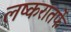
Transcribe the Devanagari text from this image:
लष्करातर्फे